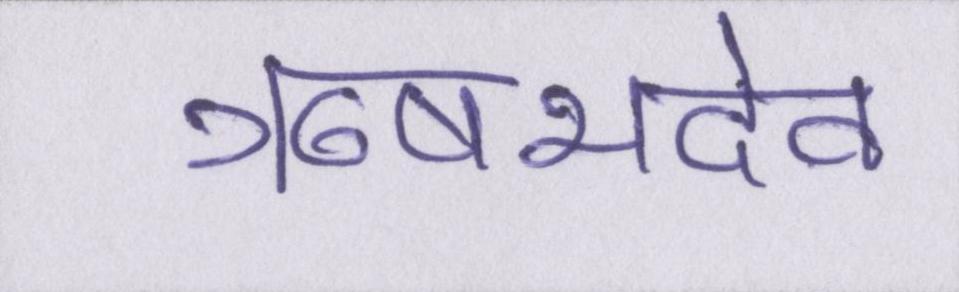
ऋषभदेव